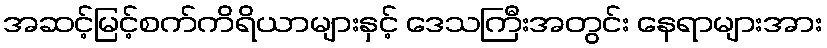
အဆင့်မြင့်စက်ကိရိယာများနှင့် ဒေသကြီးအတွင်း နေရာများအား